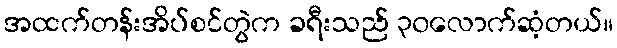
အထက်တန်းအိပ်စင်တွဲက ခရီးသည် ၃၀လောက်ဆံ့တယ်။